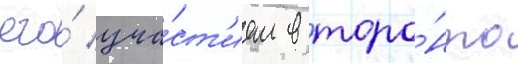
его́ уча́ст'ием в торо́нто